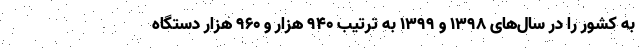
به کشور را در سال‌های ۱۳۹۸ و ۱۳۹۹ به ترتیب ۹۴۰ هزار و ۹۶۰ هزار دستگاه